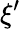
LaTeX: \xi^{\prime}